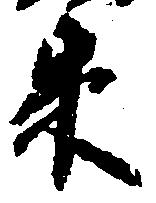
米